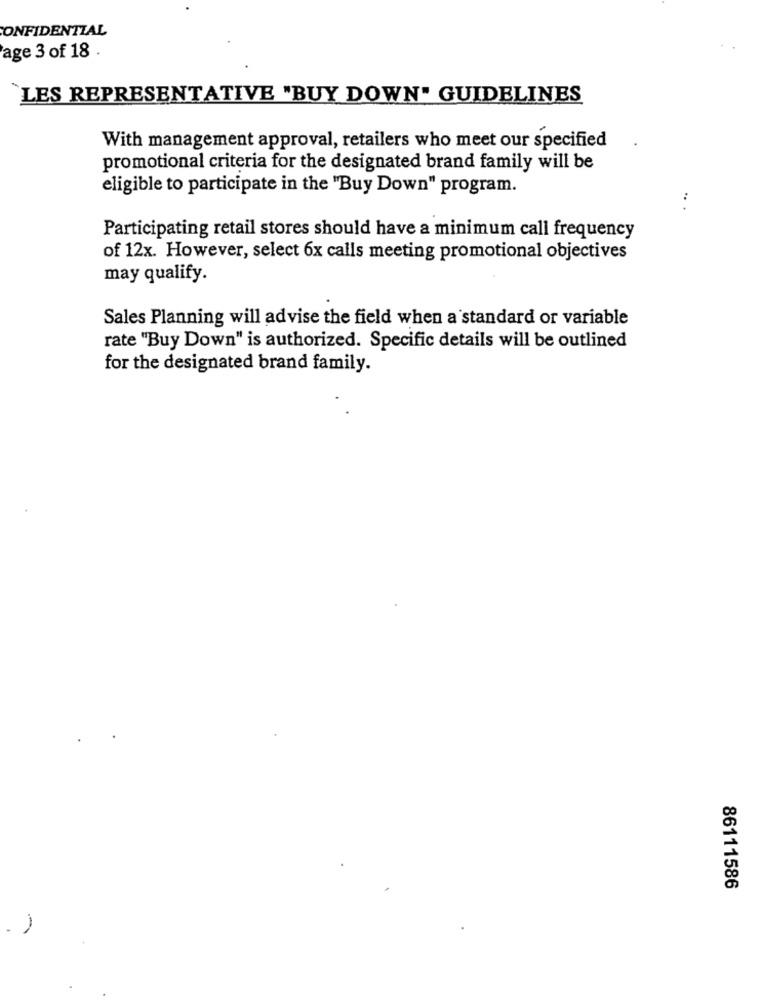
CONFIDENTIAL
age 3 of 18 .
"LES REPRESENTATIVE "BUY DOWN" GUIDELINES
With management approval, retailers who meet our specified
promotional criteria for the designated brand family will be
eligible to participate in the "Buy Down" program.
.. .
Participating retail stores should have a minimum call frequency
of 12x. However, select 6x calls meeting promotional objectives
may qualify.
Sales Planning will advise the field when a standard or variable
rate "Buy Down" is authorized. Specific details will be outlined
for the designated brand family.
86111586